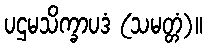
ပဌမသိက္ခာပဒံ (သမတ္တံ)။